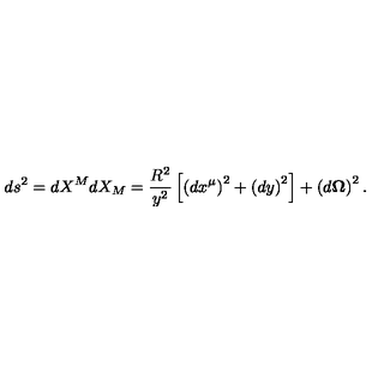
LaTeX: d s ^ { 2 } = d X ^ { M } d X _ { M } = \frac { R ^ { 2 } } { y ^ { 2 } } \left[ \left( d x ^ { \mu } \right) ^ { 2 } + \left( d y \right) ^ { 2 } \right] + \left( d \mathbf { \Omega } \right) ^ { 2 } .